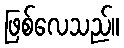
ဖြစ်လေသည်။